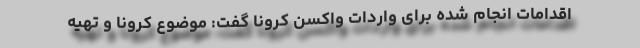
اقدامات انجام شده برای واردات واکسن کرونا گفت: موضوع کرونا و تهیه